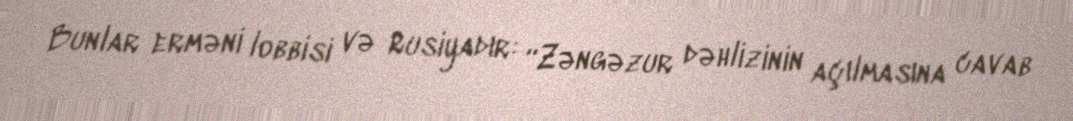
Bunlar erməni lobbisi və Rusiyadır: “Zəngəzur dəhlizinin açılmasına cavab